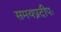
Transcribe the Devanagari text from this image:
समयप्रदीपः